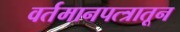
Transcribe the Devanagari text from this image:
वर्तमानपत्त्रातून